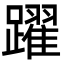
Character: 躍